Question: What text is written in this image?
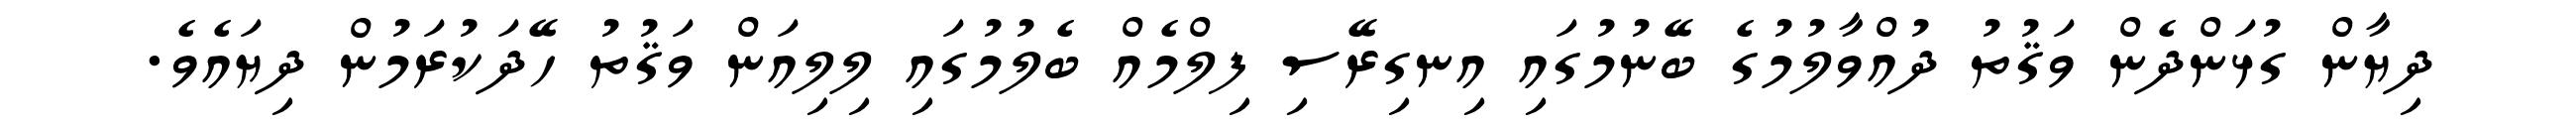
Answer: ދިޔާން ގުޅަންދެން ވަޤުތު ދުއްވާލުމުގެ ބޭނުމުގައި އިނގިރޭސި ފިލްމެއް ބެލުމުގައި ލިލިއަން ވަޤުތު ހޭދަކުރަމުން ދިޔައެވެ.